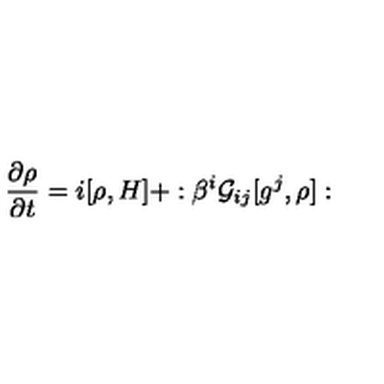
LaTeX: \frac { \partial \rho } { \partial t } = i [ \rho , H ] + : \beta ^ { i } { \cal G } _ { i j } [ g ^ { j } , \rho ] :